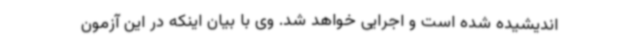
اندیشیده شده است و اجرایی خواهد شد. وی با بیان اینکه در این آزمون